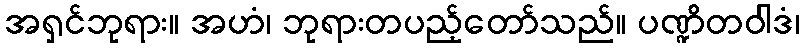
အရှင်ဘုရား။ အဟံ၊ ဘုရားတပည့်တော်သည်။ ပဏ္ဍိတဝါဒံ၊